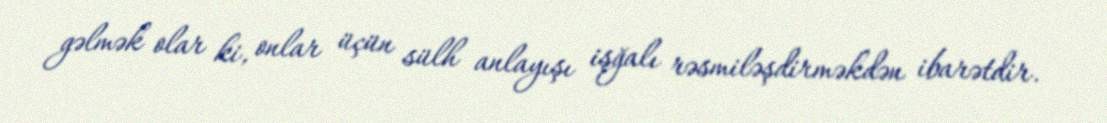
gəlmək olar ki, onlar üçün sülh anlayışı işğalı rəsmiləşdirməkdən ibarətdir.